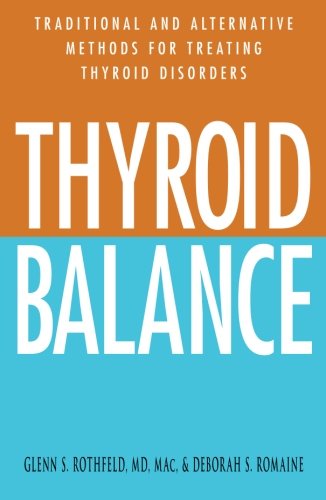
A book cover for Thyroid Balance: Traditional and Alternative Methods for Treating Thyroid Disorders; Glenn S. Rothfeld; Health, Fitness & Dieting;